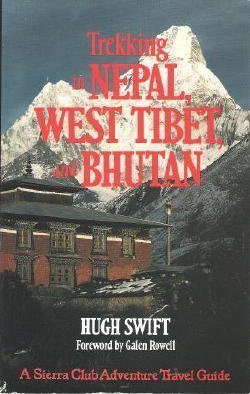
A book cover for Trekking in Nepal, West Tibet, and Bhutan; Sierra Club; Travel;